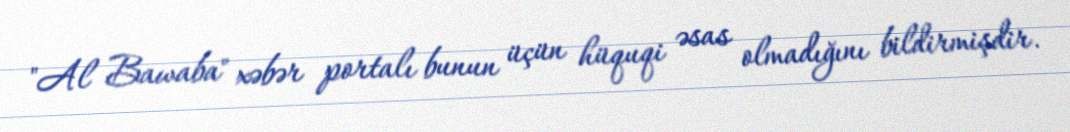
"Al Bawaba" xəbər portalı bunun üçün hüquqi əsas olmadığını bildirmişdir.